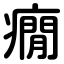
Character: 癇